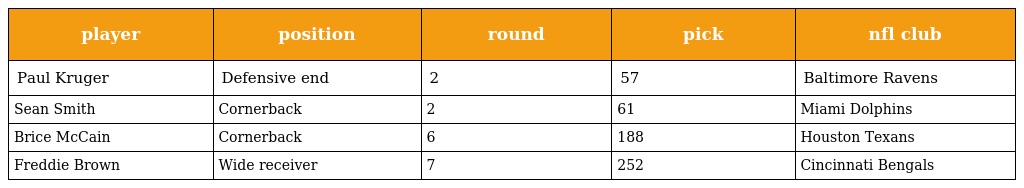
| player | position | round | pick | nfl club |
 | --- | --- | --- | --- | --- |
 | Paul Kruger | Defensive end | 2 | 57 | Baltimore Ravens |
 | Sean Smith | Cornerback | 2 | 61 | Miami Dolphins |
 | Brice McCain | Cornerback | 6 | 188 | Houston Texans |
 | Freddie Brown | Wide receiver | 7 | 252 | Cincinnati Bengals |